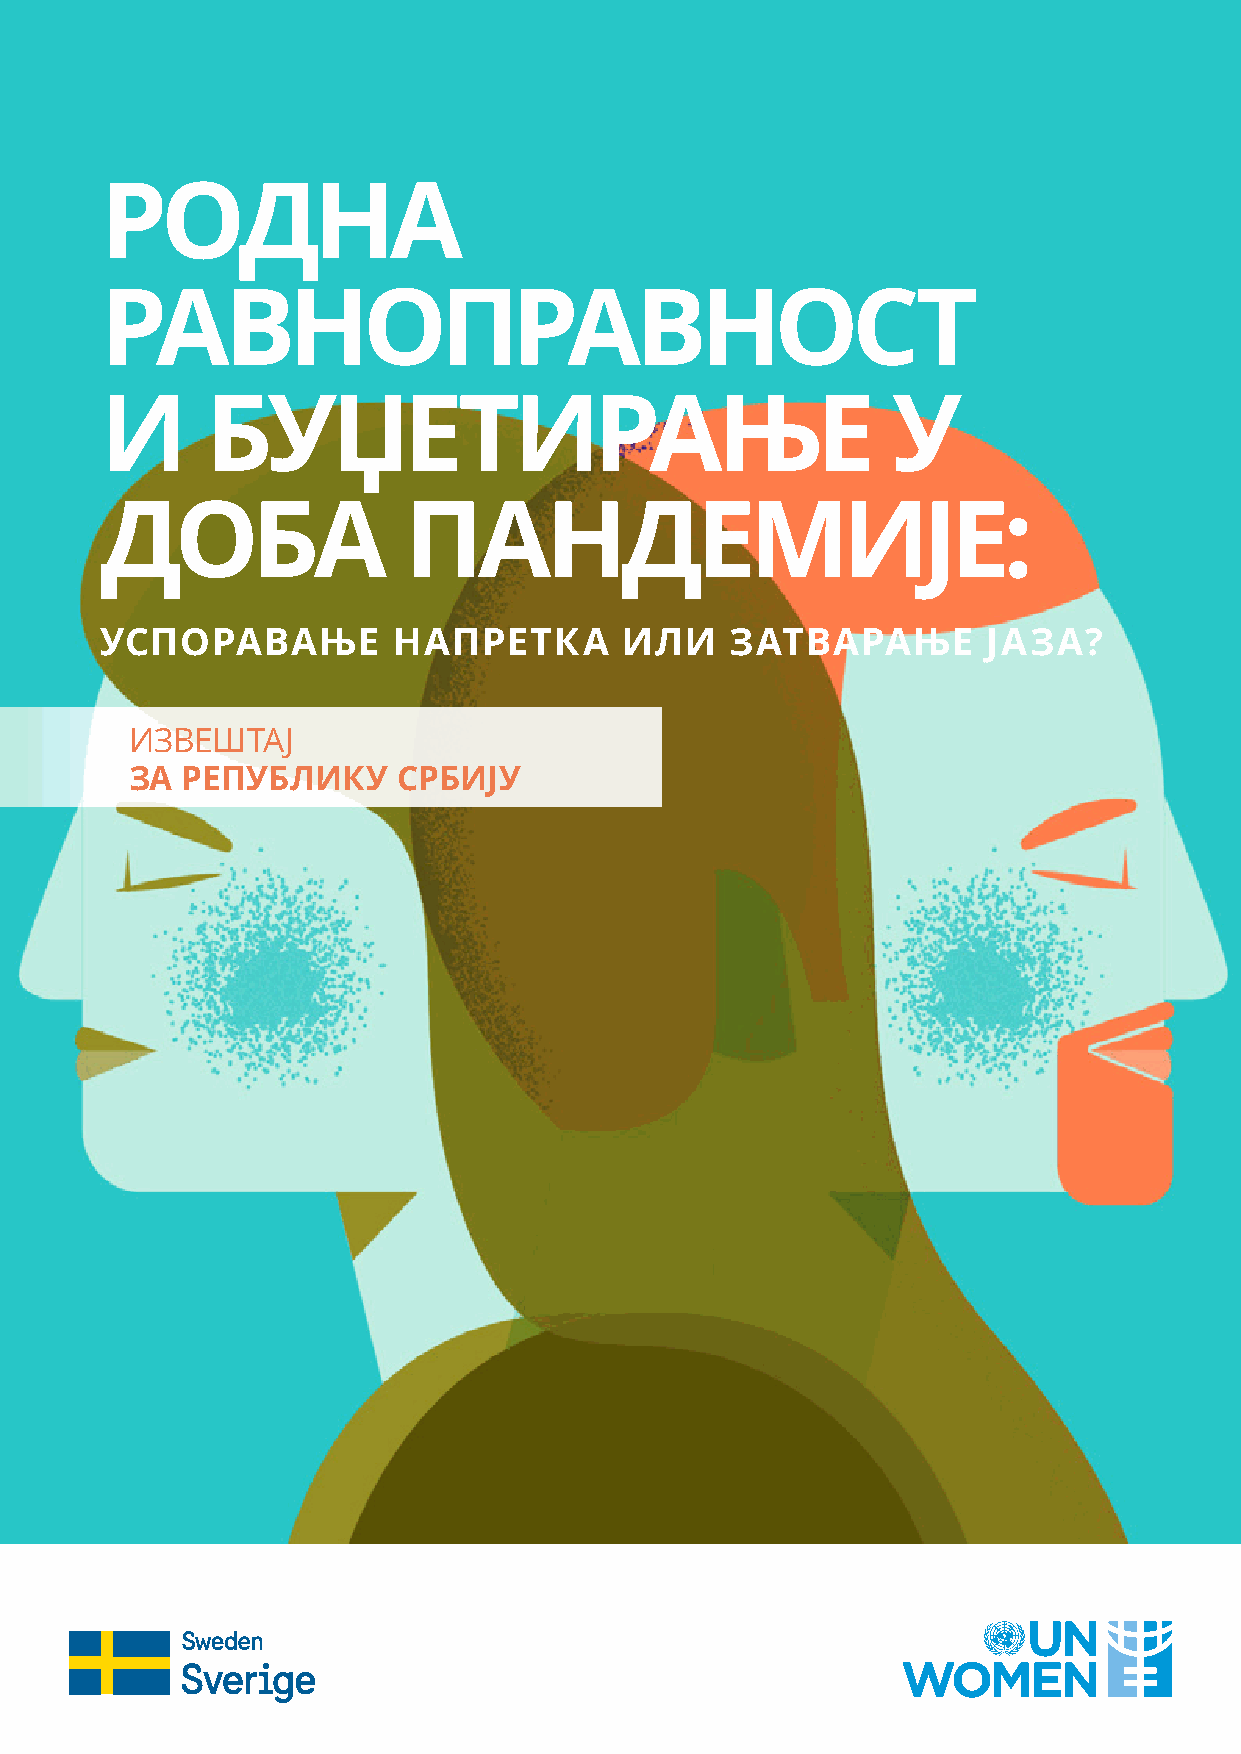
РОДНА
 РАВНОПРАВНОСТ
 И      БУЏЕТИРАЊЕ                                   У
 ДОБА                ПАНДЕМИЈЕ:
 УСПОРАВАЊЕ         НАПРЕТКА       ИЛИ    ЗАТВАРАЊЕ        ЈАЗА?
 ИЗВЕШТАЈ
 ЗА РЕПУБЛИКУ     СРБИЈУ
 РОДНА РАВНОПРАВНОСТ И БУЏЕТИРАЊЕ У ДОБА ПАНДЕМИЈЕ : 1
 УСПОРАВАЊЕ НАПРЕТКА ИЛИ ЗАТВАРАЊЕ ЈАЗА? ИЗВЕШТАЈ ЗА РЕПУБЛИКУ СРБИЈУ